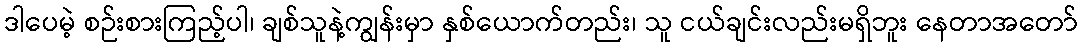
ဒါပေမဲ့ စဉ်းစားကြည့်ပါ၊ ချစ်သူနဲ့ကျွန်းမှာ နှစ်ယောက်တည်း၊ သူ ငယ်ချင်းလည်းမရှိဘူး နေတာအတော်